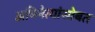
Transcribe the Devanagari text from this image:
अभिनेत्यांसोबत